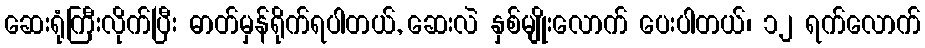
ဆေးရုံကြီးလိုက်ပြီး ဓာတ်မှန်ရိုက်ရပါတယ်, ဆေးလဲ နှစ်မျိုးလောက် ပေးပါတယ်၊ ၁၂ ရက်လောက်